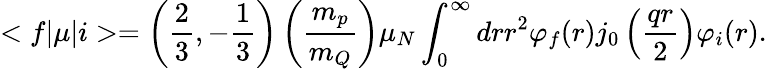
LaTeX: <f|\mu|i>=\left(\frac{2}{3},-\frac{1}{3}\right)\left(\frac{m_{p}}{m_{Q}}\right)\mu_{N}\int_{0}^{\infty}drr^{2}\varphi_{f}(r)j_{0}\left(\frac{qr}{2}\right)\varphi_{i}(r).